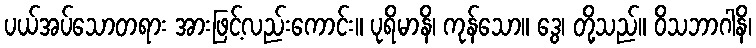
ပယ်အပ်သောတရား အားဖြင့်လည်းကောင်း။ ပုရိမာနိ၊ ကုန်သော။ ဒွေ၊ တို့သည်။ ဝိသဘာဂါနိ၊